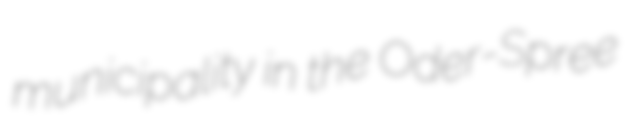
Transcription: municipality in the Oder-Spree